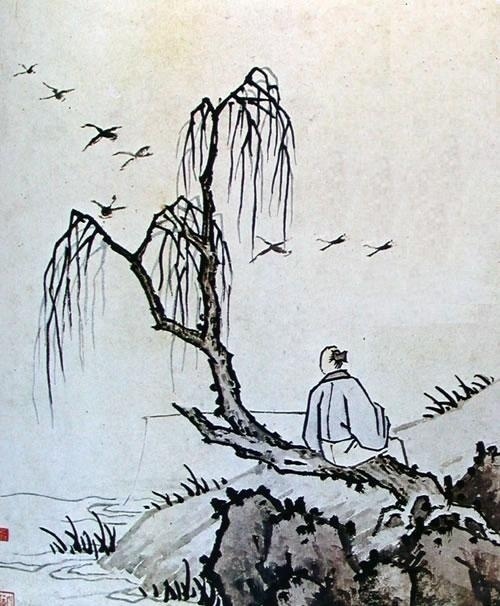
为容不在貌，独抱孤洁。